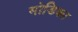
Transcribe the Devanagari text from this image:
मोडिका